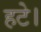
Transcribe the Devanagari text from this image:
हटे।